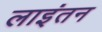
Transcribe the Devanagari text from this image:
लाइंतन